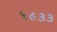
૧૯૩૩